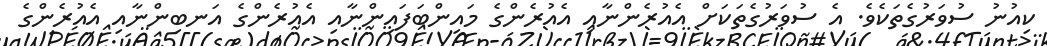
ކިއުނު ސުވަރުގެތަކެވެ. އެ ސުވަރުގެތަކަށް އެއުރެންނާއި އެއުރެންގެ މައިންބަފައިންނާއި އެއުރެންގެ އަނބިންނާއި އެއުރެންގެ